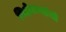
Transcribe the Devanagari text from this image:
भिक्षेकऱ्यांची